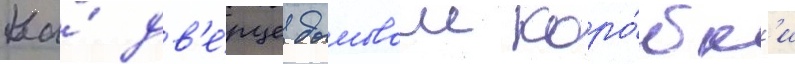
На́ дв'е́рце дымовои коро́бк'и